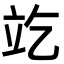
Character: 䇄